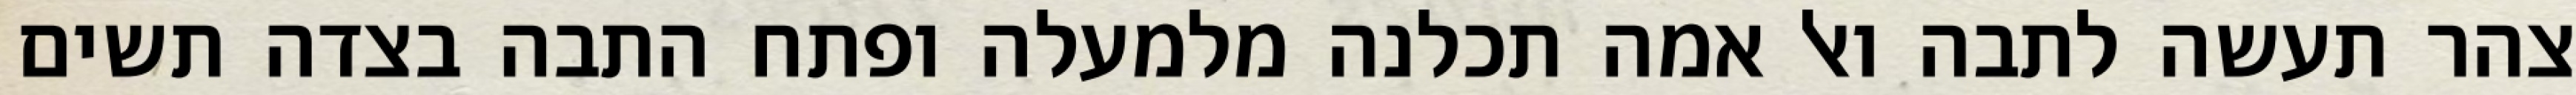
צהר תעשה לתבה ואל אמה תכלנה מלמעלה ופתח התבה בצדה תשים